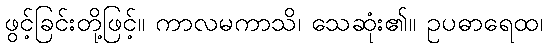
ဖွင့်ခြင်းတို့ဖြင့်။ ကာလမကာသိ၊ သေဆုံး၏။ ဥပဓာရေထ၊